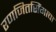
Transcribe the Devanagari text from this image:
रणजितसिंगाचा